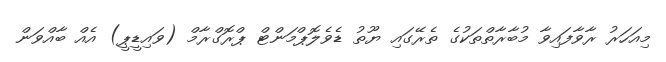
މިއަހަރު ރާވާފައިވާ މުބާރާތްތަކުގެ ތެރޭގައި ޔޫތު ޑެވެލޮޕްމަންޓް ޕްރޮގްރާމް (ވައިޑީޕީ) އެއް ބާއްވަން